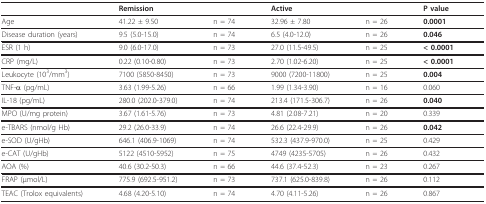
<table><thead><tr><td></td><td><b>Remission</b></td><td></td><td><b>Active</b></td><td></td><td><b>P value</b></td></tr></thead><tbody><tr><td>Age</td><td>41.22 ± 9.50</td><td>n = 74</td><td>32.96 ± 7.80</td><td>n = 26</td><td><b>0.0001</b></td></tr><tr><td>Disease duration (years)</td><td>9.5 (5.0-15.0)</td><td>n = 74</td><td>6.5 (4.0-12.0)</td><td>n = 26</td><td><b>0.046</b></td></tr><tr><td>ESR (1 h)</td><td>9.0 (6.0-17.0)</td><td>n = 73</td><td>27.0 (11.5-49.5)</td><td>n = 25</td><td><b>&lt; 0.0001</b></td></tr><tr><td>CRP (mg/L)</td><td>0.22 (0.10-0.80)</td><td>n = 73</td><td>2.70 (1.02-6.20)</td><td>n = 25</td><td><b>&lt; 0.0001</b></td></tr><tr><td>Leukocyte (10<sup>3</sup>/mm<sup>3</sup>)</td><td>7100 (5850-8450)</td><td>n = 73</td><td>9000 (7200-11800)</td><td>n = 25</td><td><b>0.004</b></td></tr><tr><td>TNF-α (pg/mL)</td><td>3.63 (1.99-5.26)</td><td>n = 66</td><td>1.99 (1.34-3.90)</td><td>n = 16</td><td>0.060</td></tr><tr><td>IL-18 (pg/mL)</td><td>280.0 (202.0-379.0)</td><td>n = 74</td><td>213.4 (171.5-306.7)</td><td>n = 26</td><td><b>0.040</b></td></tr><tr><td>MPO (U/mg protein)</td><td>3.67 (1.61-5.76)</td><td>n = 73</td><td>4.81 (2.08-7.21)</td><td>n = 20</td><td>0.339</td></tr><tr><td>e-TBARS (nmol/g Hb)</td><td>29.2 (26.0-33.9)</td><td>n = 74</td><td>26.6 (22.4-29.9)</td><td>n = 26</td><td><b>0.042</b></td></tr><tr><td>e-SOD (U/gHb)</td><td>646.1 (406.9-1069)</td><td>n = 74</td><td>532.3 (437.9-970.0)</td><td>n = 25</td><td>0.429</td></tr><tr><td>e-CAT (U/gHb)</td><td>5122 (4510-5952)</td><td>n = 75</td><td>4749 (4235-5705)</td><td>n = 26</td><td>0.432</td></tr><tr><td>AOA (%)</td><td>40.6 (30.2-50.3)</td><td>n = 66</td><td>44.6 (37.4-52.3)</td><td>n = 23</td><td>0.267</td></tr><tr><td>FRAP (μmol/L)</td><td>775.9 (692.5-951.2)</td><td>n = 73</td><td>737.1 (625.0-839.8)</td><td>n = 26</td><td>0.112</td></tr><tr><td>TEAC (Trolox equivalents)</td><td>4.68 (4.20-5.10)</td><td>n = 74</td><td>4.70 (4.11-5.26)</td><td>n = 26</td><td>0.867</td></tr></tbody></table>